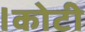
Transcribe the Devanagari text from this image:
।कोटी